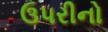
ઉપરીનો